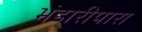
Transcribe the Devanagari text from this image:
भंडारीपारा